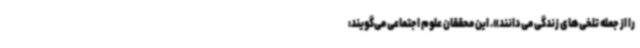
را از جمله تلخی‌های زندگی می‌دانند». این محققان علوم اجتماعی می‌گویند: